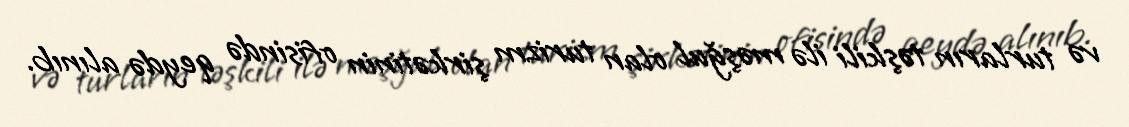
və turların təşkili ilə məşğul olan turizm şirkətinin ofisində qeydə alınıb.